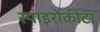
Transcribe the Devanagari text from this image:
स्पाइरोकीटा